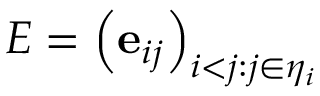
E = \left( \mathbf { e } _ { i j } \right) _ { i < j : j \in \eta _ { i } }